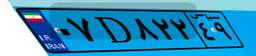
۰۷D۸۲۲۴۹